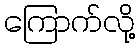
ကြောက်လို့